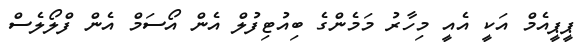
ޕީޕީއެމް އަކީ އެއީ މިހާރު މަމެންގެ ބިއުޓިފުލް އެން އޯސަމް އެން ފްލޯލެސް